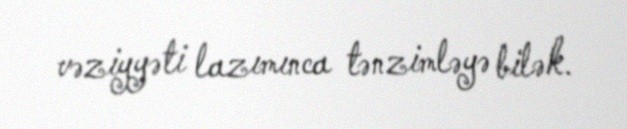
vəziyyəti lazımınca tənzimləyə bilək.